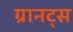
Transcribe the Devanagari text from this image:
ग्रानट्स